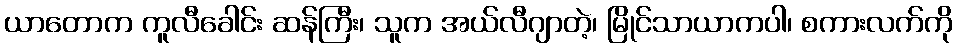
ယာတောက ကူလီခေါင်း ဆန်ကြီး၊ သူက အယ်လီဂျာတဲ့၊ မြိုင်သာယာကပါ၊ စကားလက်ကို